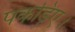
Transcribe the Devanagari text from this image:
पकड़िए।